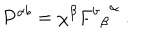
P ^ { \alpha b } = \chi ^ { \beta } { { F ^ { b } } _ { \beta } } ^ { \alpha } \ .